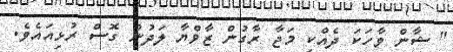
" ޝާން ވާހަކަ ދެއްކި މަޖާ ރާގުން ޒާވްޔާ ލަދުން ގޮސް ރުޅިއައެވެ.